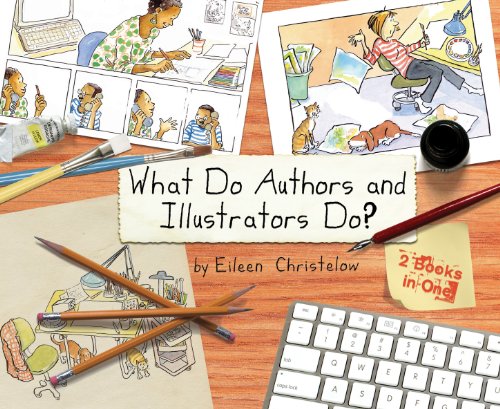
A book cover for What Do Authors and Illustrators Do? (Two Books in One); Eileen Christelow; Children's Books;